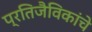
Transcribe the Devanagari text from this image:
प्रतिजैविकांचे